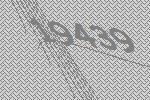
19439